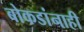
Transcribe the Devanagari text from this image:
बोकडांनाही